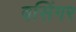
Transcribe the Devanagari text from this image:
बसिंगर